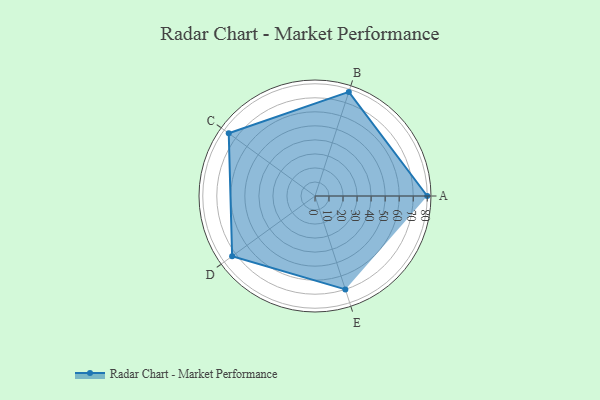
{"axis": {"x": "Skill", "y": "Score"}, "legend": ["Profile"], "data": [{"x": "A", "y": 80.0, "type": "Profile"}, {"x": "B", "y": 78.0, "type": "Profile"}, {"x": "C", "y": 76.0, "type": "Profile"}, {"x": "D", "y": 73.0, "type": "Profile"}, {"x": "E", "y": 70.0, "type": "Profile"}]}